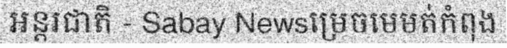
អន្តរជាតិ - Sabay Newsម្រេចមេមត់កំពុង